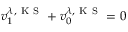
v _ { 1 } ^ { \lambda , \mathrm { ~ K ~ S ~ } } + v _ { 0 } ^ { \lambda , \mathrm { ~ K ~ S ~ } } = 0